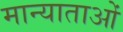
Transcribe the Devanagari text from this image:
मान्याताओं